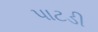
પાટડી